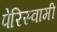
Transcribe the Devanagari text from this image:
पेरिस्वामी